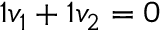
1 v _ { 1 } + 1 v _ { 2 } = 0